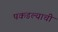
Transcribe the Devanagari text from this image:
पकडल्याची